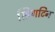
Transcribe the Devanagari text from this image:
स्प्रिंगटिन